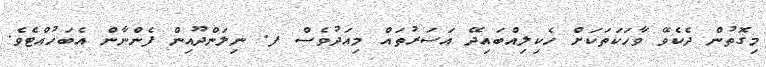
މިގޮތުން ދެކެވޭ ވާހަކަތަކަށް ހެކިލިއްބައިދޭ އަސަރުތައް މިއަދުވެސް ފ. ނިލަންދޫއިން ފެންނާން އެބަހުއްޓެވެ.